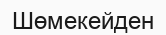
Шөмекейден